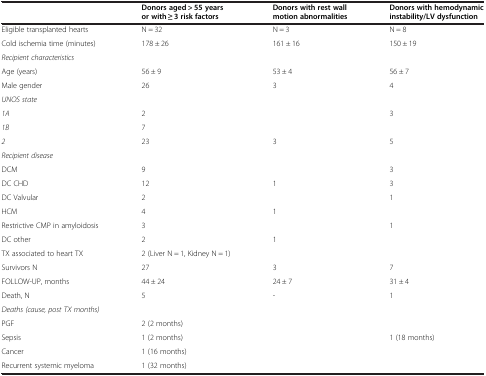
<table><thead><tr><td><b> </b></td><td><b>Donors aged &gt; 55 years or with ≥ 3 risk factors</b></td><td><b>Donors with rest wall motion abnormalities</b></td><td><b>Donors with hemodynamic instability/LV dysfunction</b></td></tr></thead><tbody><tr><td>Eligible transplanted hearts</td><td>N = 32</td><td>N = 3</td><td>N = 8</td></tr><tr><td>Cold ischemia time (minutes)</td><td>178 ± 26</td><td>161 ± 16</td><td>150 ± 19</td></tr><tr><td><i>Recipient characteristics</i></td><td> </td><td> </td><td> </td></tr><tr><td>Age (years)</td><td>56 ± 9</td><td>53 ± 4</td><td>56 ± 7</td></tr><tr><td>Male gender</td><td>26</td><td>3</td><td>4</td></tr><tr><td><i>UNOS state</i></td><td> </td><td> </td><td> </td></tr><tr><td><i>1A</i></td><td>2</td><td> </td><td>3</td></tr><tr><td><i>1B</i></td><td>7</td><td> </td><td> </td></tr><tr><td><i>2</i></td><td>23</td><td>3</td><td>5</td></tr><tr><td><i>Recipient disease</i></td><td> </td><td> </td><td> </td></tr><tr><td>DCM</td><td>9</td><td> </td><td>3</td></tr><tr><td>DC CHD</td><td>12</td><td>1</td><td>3</td></tr><tr><td>DC Valvular</td><td>2</td><td> </td><td>1</td></tr><tr><td>HCM</td><td>4</td><td>1</td><td> </td></tr><tr><td>Restrictive CMP in amyloidosis</td><td>3</td><td> </td><td>1</td></tr><tr><td>DC other</td><td>2</td><td>1</td><td> </td></tr><tr><td>TX associated to heart TX</td><td>2 (Liver N = 1, Kidney N = 1)</td><td> </td><td> </td></tr><tr><td>Survivors N</td><td>27</td><td>3</td><td>7</td></tr><tr><td>FOLLOW-UP, months</td><td>44 ± 24</td><td>24 ± 7</td><td>31 ± 4</td></tr><tr><td>Death, N</td><td>5</td><td>-</td><td>1</td></tr><tr><td><i>Deaths (cause, post TX months)</i></td><td> </td><td> </td><td> </td></tr><tr><td>PGF</td><td>2 (2 months)</td><td> </td><td> </td></tr><tr><td>Sepsis</td><td>1 (2 months)</td><td> </td><td>1 (18 months)</td></tr><tr><td>Cancer</td><td>1 (16 months)</td><td> </td><td> </td></tr><tr><td>Recurrent systemic myeloma</td><td>1 (32 months)</td><td> </td><td> </td></tr></tbody></table>